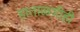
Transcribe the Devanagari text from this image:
हाताळणीही